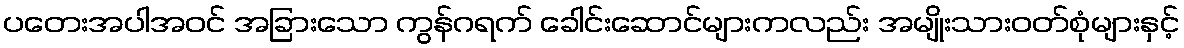
ပတေးအပါအဝင် အခြားသော ကွန်ဂရက် ခေါင်းဆောင်များကလည်း အမျိုးသားဝတ်စုံများနှင့်